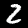
Label: 2